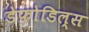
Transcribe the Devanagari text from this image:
डेफोडिल्स